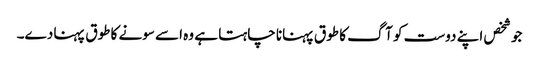
جو شخص اپنے دوست کو آگ کا طوق پہنانا چاہتا ہے وہ اسے سونے کا طوق پہنا دے۔